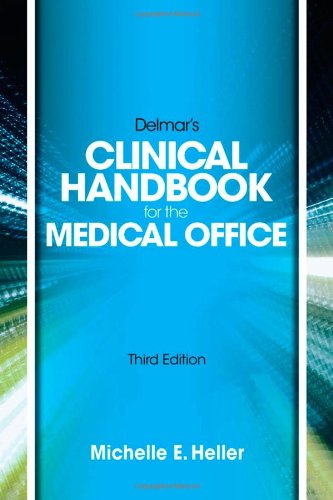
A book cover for Delmar Learning's Clinical Handbook for the Medical Office; Michelle Heller; Medical Books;